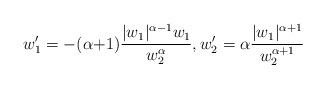
LaTeX: \begin{align*}w'_1 = - (\alpha{+}1) \frac{|w_1|^{\alpha-1}w_1}{w_2^{\alpha}}, w'_2= \alpha \frac{|w_1|^{\alpha+1}}{w_2^{\alpha + 1} }\end{align*}